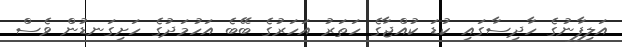
އަލިފާނުގެ ހާދިސާގައި ކުޑަ ކުއްޖާގެ ހަތަރު އަހަރުގެ ބޭބެ އަހުމަދުގެ ހަށިގަނޑުން ވެސް